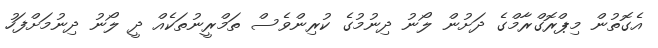
އެގޮތުން މިޕްރޮގްރާމްގެ ދަށުން ލޯނު ދިނުމުގެ ކުރިންވެސް ތަމްރީނުތަކެއް ދީ ލޯނު ދިނުމަށްފަހު